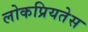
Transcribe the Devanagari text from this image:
लोकप्रियतेस